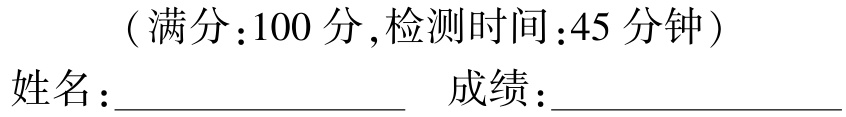
（满分：100 分,检测时间：45 分钟）
姓名：______________ 成绩：______________